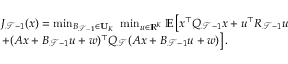
\begin{array} { r l } & { J _ { \mathcal { T } - 1 } ( x ) = \operatorname* { m i n } _ { B _ { \mathcal { T } - 1 } \in \mathbf { U } _ { K } } ~ \operatorname* { m i n } _ { u \in \mathbb { R } ^ { K } } \mathbb { E } \left[ x ^ { \top } Q _ { \mathcal { T } - 1 } x + u ^ { \top } R _ { \mathcal { T } - 1 } u \right. } \\ & { \left. + ( A x + B _ { \mathcal { T } - 1 } u + w ) ^ { \top } Q _ { \mathcal { T } } ( A x + B _ { \mathcal { T } - 1 } u + w ) \right] . } \end{array}